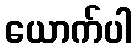
ယောက်ပါ